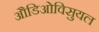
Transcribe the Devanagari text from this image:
औडिओविसुयल